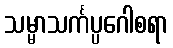
သမ္မာသင်္ကပ္ပဂေါစရာ